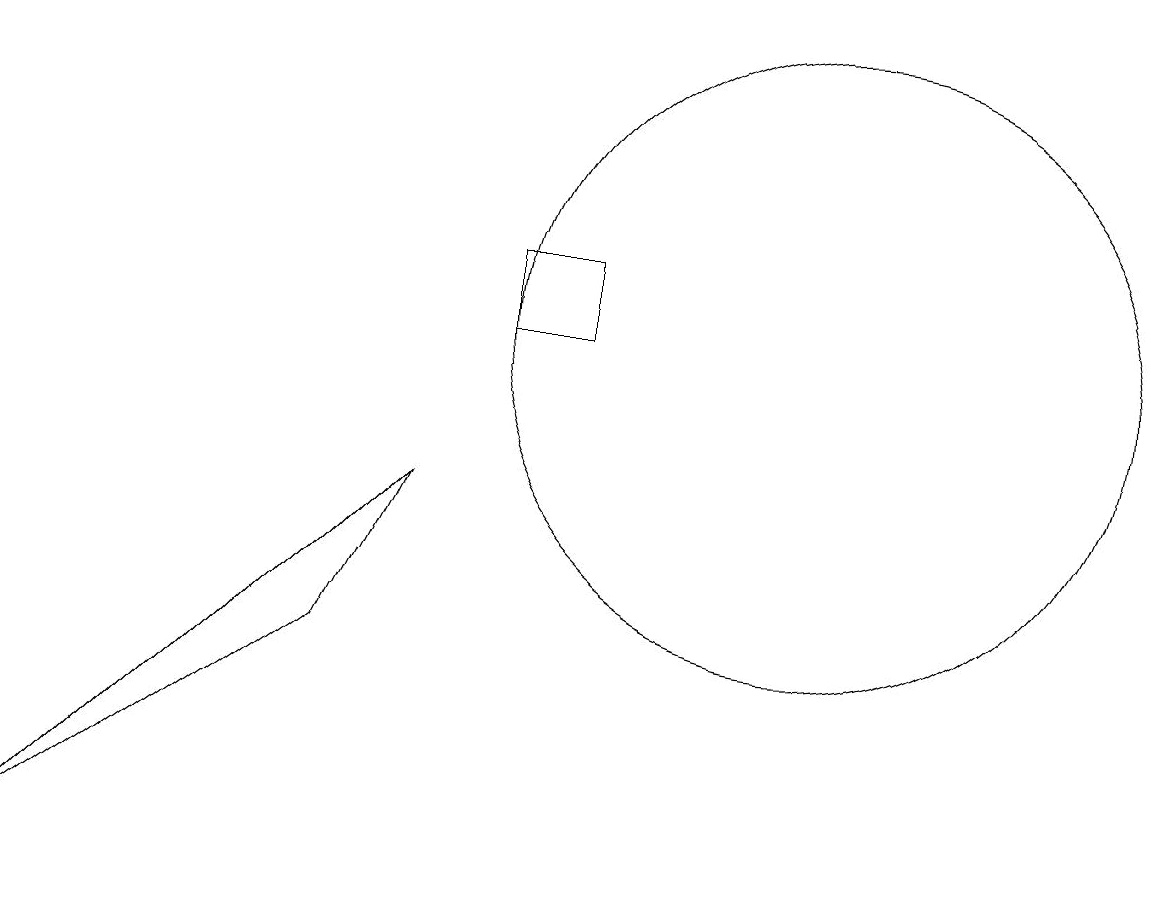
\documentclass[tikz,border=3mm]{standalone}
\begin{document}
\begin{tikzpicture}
\draw (10,11) circle (4);
\draw (6,11) rectangle (7,12);
\draw (0,4) -- (5,9) -- (4,7) -- cycle;
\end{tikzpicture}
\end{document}